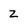
Character: Z